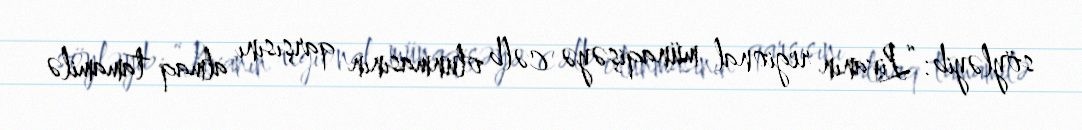
söyləyib: “Livanın regional münaqişəyə cəlb olunmasının qarşısını almaq tamamilə